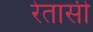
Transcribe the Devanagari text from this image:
रेतासी